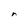
Character: r